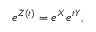
e ^ { Z ( t ) } = e ^ { X } e ^ { t Y } ,